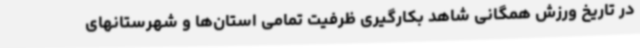
در تاریخ ورزش همگانی شاهد بکارگیری ظرفیت تمامی استان‌ها و شهرستانهای